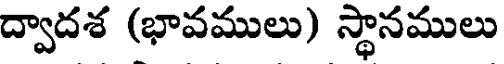
ద్వాదశ (భావములు) స్థానములు